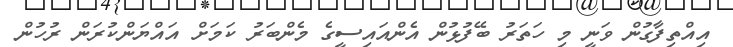
އިއްތިފާގުން ވަނީ މި ހަތަރު ބޭފުޅުން އެންއައިސީގެ މެންބަރު ކަމަށް އައްޔަންކުރަން ރުހުން